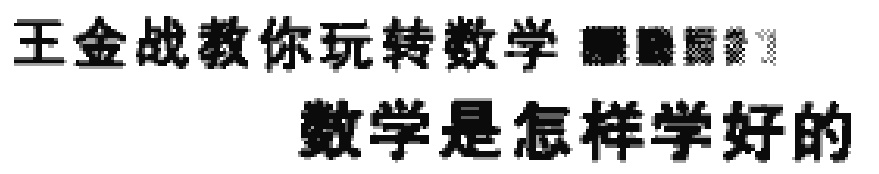
王金战教你玩转数学 数学是怎样学好的